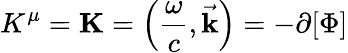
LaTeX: K^{\mu}=\mathbf{K}=\left({\frac{\omega}{c}},{\vec{\mathbf{k}}}\right)=-\mathbf{\partial}[\Phi]